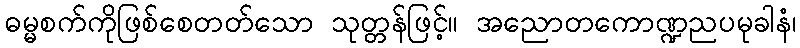
ဓမ္မစက်ကိုဖြစ်စေတတ်သော သုတ္တန်ဖြင့်။ အညောတကောဏ္ဍညပမုခါနံ၊